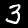
Label: 3